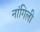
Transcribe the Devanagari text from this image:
नांगिली